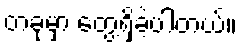
တခုမှာ တွေ့ရှိခဲ့ပါတယ်။